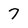
Character: 7